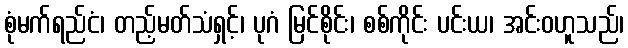
စုံမက်ရည်ငံ၊ တည့်မတ်သံရှင့်၊ ပုဂံ မြင်စိုင်း၊ စစ်ကိုင်း ပင်းယ၊ အင်းဝဟူသည်၊